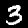
Label: 3